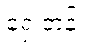
ရှေ့တန်း